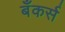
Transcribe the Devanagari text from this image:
बँकर्स